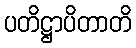
ပတိဋ္ဌာပိတာတိ